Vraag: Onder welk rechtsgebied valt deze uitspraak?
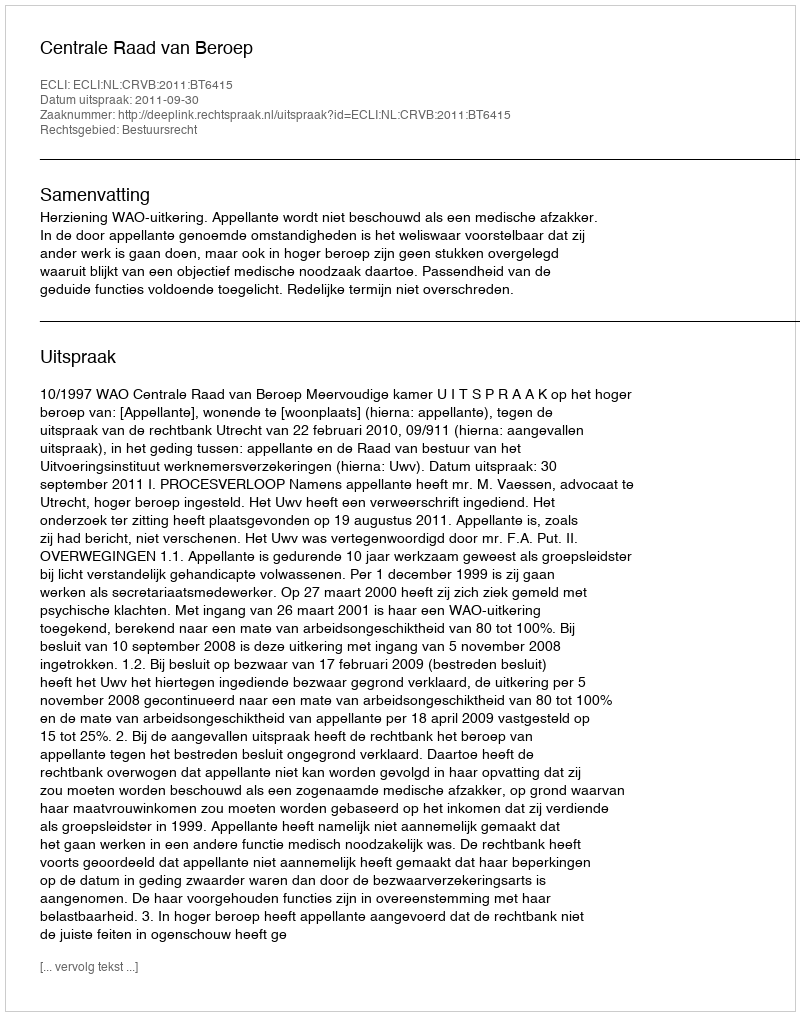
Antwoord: Bestuursrecht